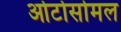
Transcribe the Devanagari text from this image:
ओटोसोमल